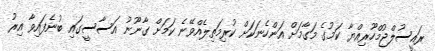
ރައީސުލްޖުމްހޫރިއްޔާ ކަމުގެ މަގާމަށް އަންހެނަކަށް ކުރިމަތިލެއްވޭނެ ކަމަށް ގާނޫނު އަސާސީގައި ބުނެފައިވާ އިރު